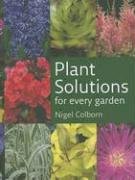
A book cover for Plant Solutions for Every Garden; Nigel Colborn; Crafts, Hobbies & Home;